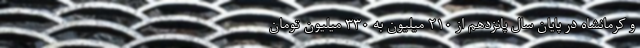
و کرمانشاه در پایان سال پانزدهم از ۲۱۰ میلیون به ۳۳۰ میلیون تومان